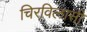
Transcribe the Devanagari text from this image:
चिरविलासी